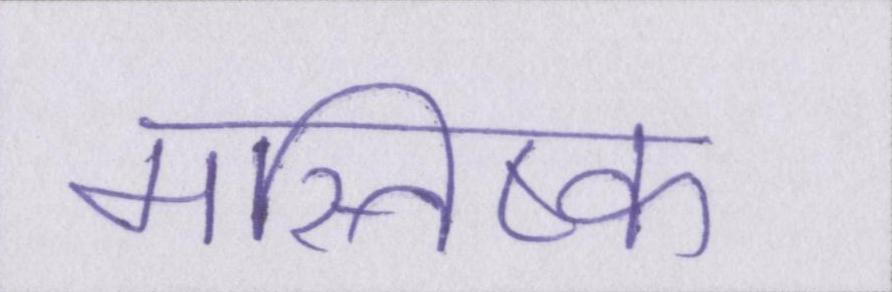
मस्तिष्क